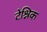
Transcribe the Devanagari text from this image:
टेश्निक